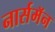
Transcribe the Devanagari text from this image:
नार्समॅन